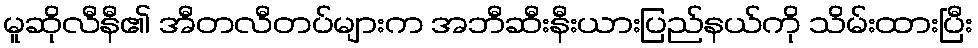
မူဆိုလီနီ၏ အီတလီတပ်များက အဘီဆီးနီးယားပြည်နယ်ကို သိမ်းထားပြီး